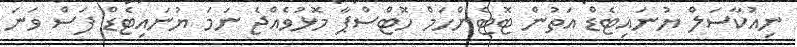
ނިއުކާސަލް ޔުނައިޓެޑް އަތުން ޓޮޓެންހަމް ހޮޓްސްޕާ މޮޅުވެއްޖެ ނަމަ ޔުނައިޓެޑް ފަސް ވަނަ